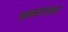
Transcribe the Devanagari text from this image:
धनराताने